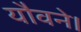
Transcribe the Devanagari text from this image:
यौवने।